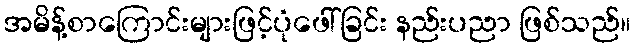
အမိန့်စာကြောင်းများဖြင့်ပုံဖေါ်ခြင်း နည်းပညာ ဖြစ်သည်။